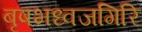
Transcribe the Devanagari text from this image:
बृषभध्वजगिरि